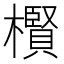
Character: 𱤬